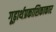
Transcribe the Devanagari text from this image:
गूढ़ार्थप्रकाशिकाकार